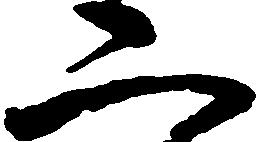
二